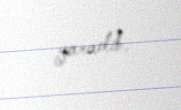
yaradıb.